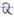
Text: Q